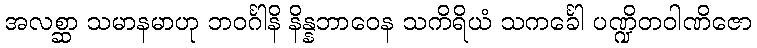
အလစ္ဆာ သမာနမာဟု ဘဝင်္ဂါနိ နိန္နဘာဝေန သကိရိယံ သကင်္ခေါ ပဏ္ဍိတဝါဏိဇော